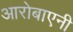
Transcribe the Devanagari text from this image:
आरोबाएनी